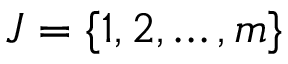
J = \{ 1 , 2 , \ldots , m \}